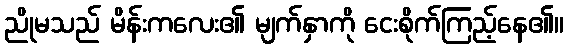
ညိုမသည် မိန်းကလေး၏ မျက်နှာကို ငေးစိုက်ကြည့်နေ၏။